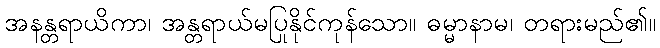
အနန္တရာယိကာ၊ အန္တရာယ်မပြုနိုင်ကုန်သော။ ဓမ္မာနာမ၊ တရားမည်၏။